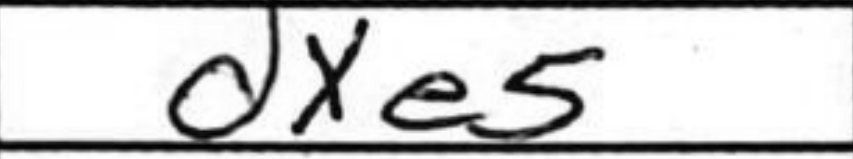
Transcription: dxe5